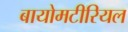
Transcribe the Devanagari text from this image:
बायोमटीरियल